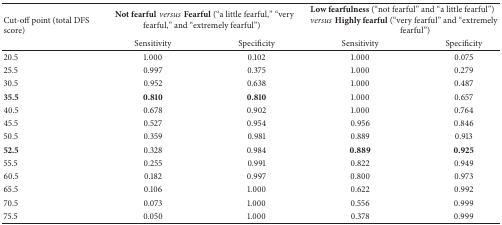
| <ROWSPAN=2> Cut-off point (total DFS score) | <COLSPAN=2> Not fearfulversusFearful (“a little fearful,” “very fearful,” and “extremely fearful”) | <COLSPAN=2> Low fearfulness (“not fearful” and “a little fearful”) versusHighly fearful (“very fearful” and “extremely fearful”) |
 | Sensitivity | Specificity | Sensitivity | Specificity |
 | --- | --- | --- | --- | --- |
 | 20.5 | 1.000 | 0.102 | 1.000 | 0.075 |
 | 25.5 | 0.997 | 0.375 | 1.000 | 0.279 |
 | 30.5 | 0.952 | 0.638 | 1.000 | 0.487 |
 | 35.5 | 0.810 | 0.810 | 1.000 | 0.657 |
 | 40.5 | 0.678 | 0.902 | 1.000 | 0.764 |
 | 45.5 | 0.527 | 0.954 | 0.956 | 0.846 |
 | 50.5 | 0.359 | 0.981 | 0.889 | 0.913 |
 | 52.5 | 0.328 | 0.984 | 0.889 | 0.925 |
 | 55.5 | 0.255 | 0.991 | 0.822 | 0.949 |
 | 60.5 | 0.182 | 0.997 | 0.800 | 0.973 |
 | 65.5 | 0.106 | 1.000 | 0.622 | 0.992 |
 | 70.5 | 0.073 | 1.000 | 0.556 | 0.999 |
 | 75.5 | 0.050 | 1.000 | 0.378 | 0.999 |